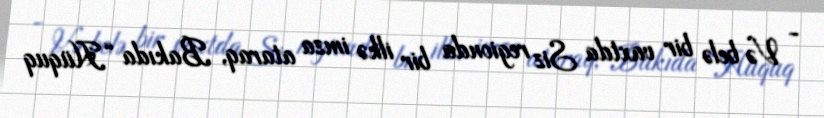
- Və belə bir vaxtda Siz regionda bir ilkə imza ataraq, Bakıda “Hüquq